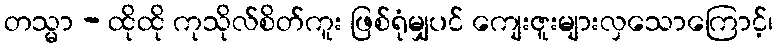
တသ္မာ - ထိုထို ကုသိုလ်စိတ်ကူး ဖြစ်ရုံမျှပင် ကျေးဇူးများလှသောကြောင့်၊